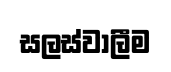
සලස්වාලීම